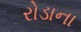
રોડાના